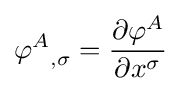
{\varphi ^{A}}_{,\sigma }={\frac {\partial \varphi ^{A}}{\partial x^{\sigma }}}